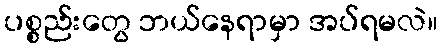
ပစ္စည်းတွေ ဘယ်နေရာမှာ အပ်ရမလဲ။